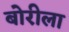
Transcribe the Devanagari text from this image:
बोरीला